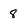
Character: 8